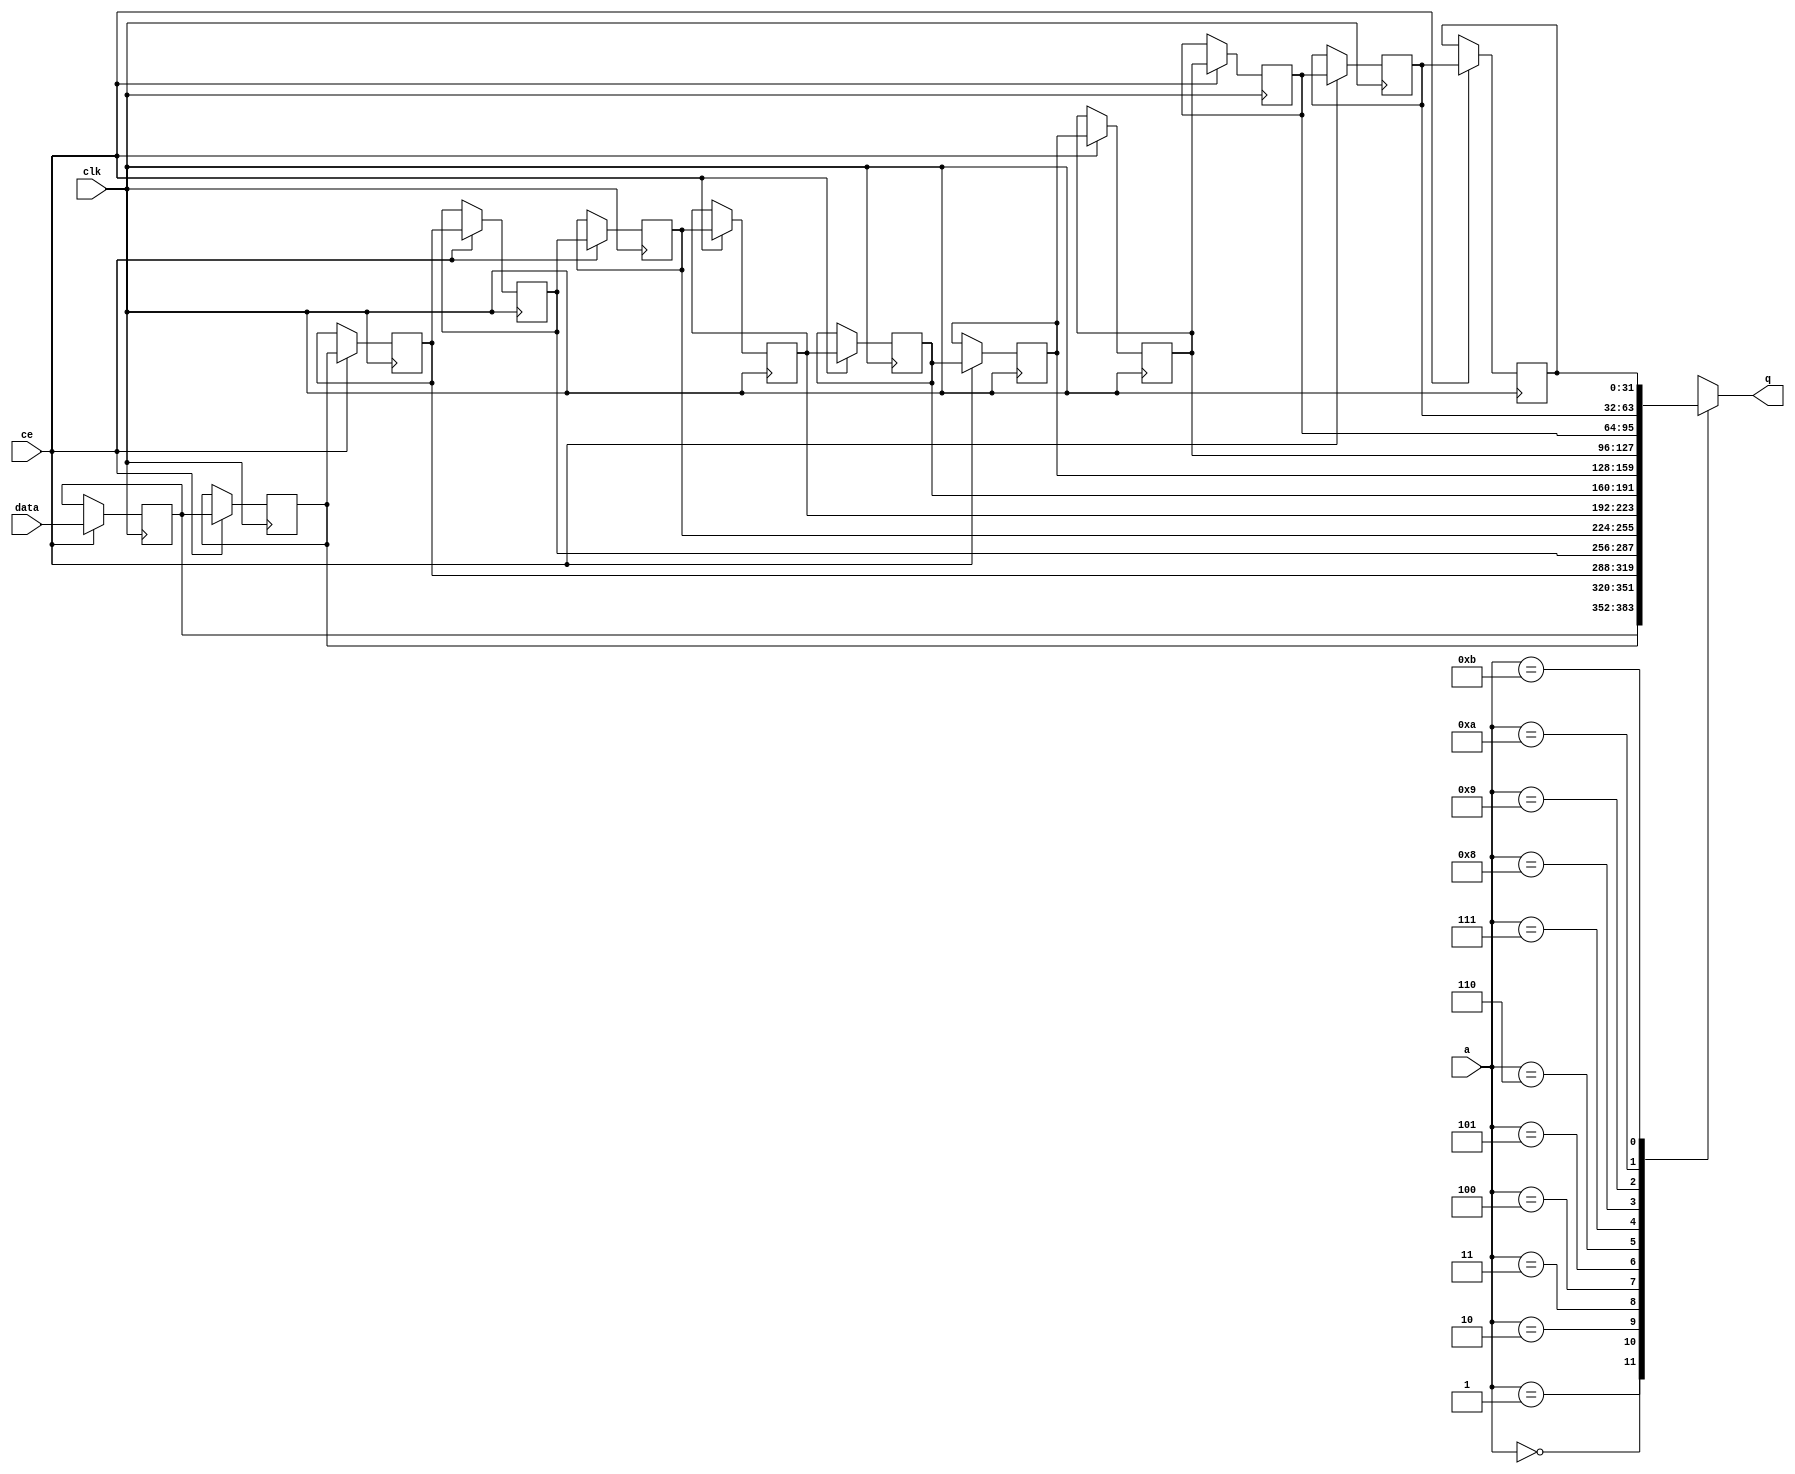
// ==============================================================
// Vivado(TM) HLS - High-Level Synthesis from C, C++ and SystemC v2019.2 (64-bit)
// Copyright 1986-2019 Xilinx, Inc. All Rights Reserved.
// ==============================================================

`timescale 1 ns / 1 ps

module fifo_w32_d12_A_shiftReg (
    clk,
    data,
    ce,
    a,
    q);

parameter DATA_WIDTH = 32'd32;
parameter ADDR_WIDTH = 32'd4;
parameter DEPTH = 5'd12;

input clk;
input [DATA_WIDTH-1:0] data;
input ce;
input [ADDR_WIDTH-1:0] a;
output [DATA_WIDTH-1:0] q;

reg[DATA_WIDTH-1:0] SRL_SIG [0:DEPTH-1];
integer i;

always @ (posedge clk)
    begin
        if (ce)
        begin
            for (i=0;i<DEPTH-1;i=i+1)
                SRL_SIG[i+1] <= SRL_SIG[i];
            SRL_SIG[0] <= data;
        end
    end

assign q = SRL_SIG[a];

endmodule

module fifo_w32_d12_A (
    clk,
    reset,
    if_empty_n,
    if_read_ce,
    if_read,
    if_dout,
    if_full_n,
    if_write_ce,
    if_write,
    if_din);

parameter MEM_STYLE   = "shiftreg";
parameter DATA_WIDTH  = 32'd32;
parameter ADDR_WIDTH  = 32'd4;
parameter DEPTH       = 5'd12;

input clk;
input reset;
output if_empty_n;
input if_read_ce;
input if_read;
output[DATA_WIDTH - 1:0] if_dout;
output if_full_n;
input if_write_ce;
input if_write;
input[DATA_WIDTH - 1:0] if_din;

wire[ADDR_WIDTH - 1:0] shiftReg_addr ;
wire[DATA_WIDTH - 1:0] shiftReg_data, shiftReg_q;
wire                     shiftReg_ce;
reg[ADDR_WIDTH:0] mOutPtr = ~{(ADDR_WIDTH+1){1'b0}};
reg internal_empty_n = 0;
reg internal_full_n = 1;

assign if_full_n = internal_full_n;
assign if_empty_n = internal_empty_n;
assign shiftReg_data = if_din;
assign if_dout = shiftReg_q;

always @ (posedge clk) begin
    if (reset == 1'b1)
    begin
        mOutPtr <= ~{ADDR_WIDTH+1{1'b0}};
        internal_empty_n <= 1'b0;
        internal_full_n <= 1'b1;
    end
    else begin
        if (((if_read & if_read_ce) == 1 & internal_empty_n == 1) && 
            ((if_write & if_write_ce) == 0 | internal_full_n == 0))
        begin
            mOutPtr <= mOutPtr - 5'd1;
            if (mOutPtr == 5'd0)
                internal_empty_n <= 1'b0;
            internal_full_n <= 1'b1;
        end 
        else if (((if_read & if_read_ce) == 0 | internal_empty_n == 0) && 
            ((if_write & if_write_ce) == 1 & internal_full_n == 1))
        begin
            mOutPtr <= mOutPtr + 5'd1;
            internal_empty_n <= 1'b1;
            if (mOutPtr == DEPTH - 5'd2)
                internal_full_n <= 1'b0;
        end 
    end
end

assign shiftReg_addr = mOutPtr[ADDR_WIDTH] == 1'b0 ? mOutPtr[ADDR_WIDTH-1:0]:{ADDR_WIDTH{1'b0}};
assign shiftReg_ce = (if_write & if_write_ce) & internal_full_n;

fifo_w32_d12_A_shiftReg 
#(
    .DATA_WIDTH(DATA_WIDTH),
    .ADDR_WIDTH(ADDR_WIDTH),
    .DEPTH(DEPTH))
U_fifo_w32_d12_A_ram (
    .clk(clk),
    .data(shiftReg_data),
    .ce(shiftReg_ce),
    .a(shiftReg_addr),
    .q(shiftReg_q));

endmodule